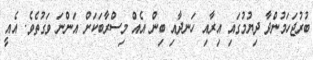
ބުރުޖަހަމުންދާ ދިޔުމުގައި އިރާއި ހަނދާއި ބިން އެއް މިސްރާބަކަށް އަންނަ ވަގުތެވެ. އެއީ